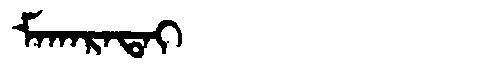
Manchu: ᠮᠠᡴᠠᡵᠠᡨᠠᡳ
Romanization: MAKARATAI